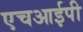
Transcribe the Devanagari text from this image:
एचआईपी